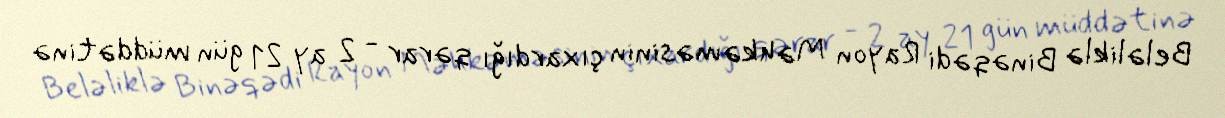
Beləliklə Binəqədi Rayon Məhkəməsinin çıxardığı qərar - 2 ay 21 gün müddətinə